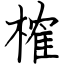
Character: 榷